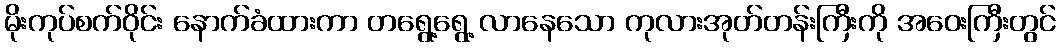
မိုးကုပ်စက်ဝိုင်း နောက်ခံထားကာ တရွေ့ရွေ့ လာနေသော ကုလားအုတ်တန်းကြီးကို အဝေးကြီးတွင်